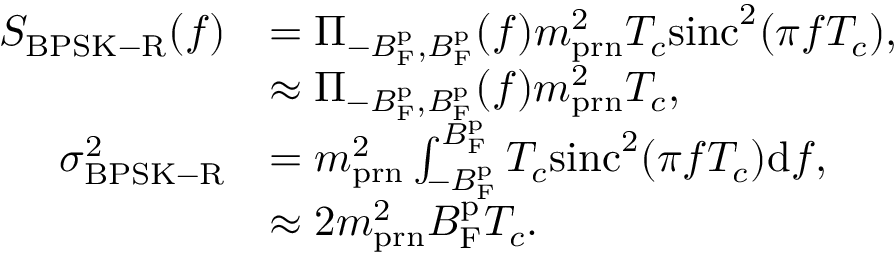
\begin{array} { r l } { S _ { \mathrm { B P S K - R } } ( f ) } & { = \Pi _ { - B _ { \mathrm { F } } ^ { \mathrm { p } } , B _ { \mathrm { F } } ^ { \mathrm { p } } } ( f ) m _ { \mathrm { p r n } } ^ { 2 } T _ { c } \mathrm { s i n c } ^ { 2 } ( \pi f T _ { c } ) , } \\ & { \approx \Pi _ { - B _ { \mathrm { F } } ^ { \mathrm { p } } , B _ { \mathrm { F } } ^ { \mathrm { p } } } ( f ) m _ { \mathrm { p r n } } ^ { 2 } T _ { c } , } \\ { \sigma _ { \mathrm { B P S K - R } } ^ { 2 } } & { = m _ { \mathrm { p r n } } ^ { 2 } \int _ { - B _ { \mathrm { F } } ^ { \mathrm { p } } } ^ { B _ { \mathrm { F } } ^ { \mathrm { p } } } T _ { c } \mathrm { s i n c } ^ { 2 } ( \pi f T _ { c } ) \mathrm { d } f , } \\ & { \approx 2 m _ { \mathrm { p r n } } ^ { 2 } B _ { \mathrm { F } } ^ { \mathrm { p } } T _ { c } . } \end{array}